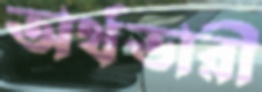
অর্থভারী